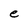
Character: e